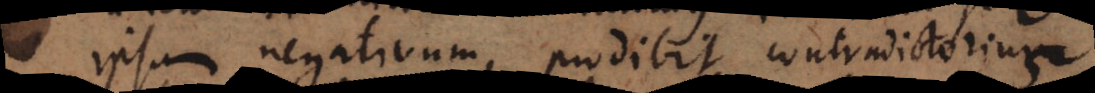
ipsum negativum, prodibit contradictorium